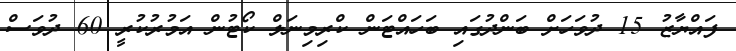
ފައްޔާޒު 15 ދުވަހަށް ބަންދުގައި ބަހައްޓަން ކްރިމިނަލް ކޯޓުން އަމުރުކުރީ 60 ދުވަސް